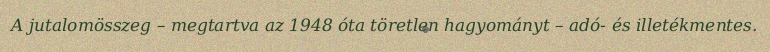
A jutalomösszeg – megtartva az 1948 óta töretlen hagyományt – adó- és illetékmentes.